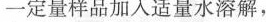
一定量样品加入适量水溶解，